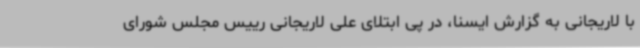
با لاریجانی به گزارش ایسنا،‌ در پی ابتلای علی لاریجانی رییس مجلس شورای